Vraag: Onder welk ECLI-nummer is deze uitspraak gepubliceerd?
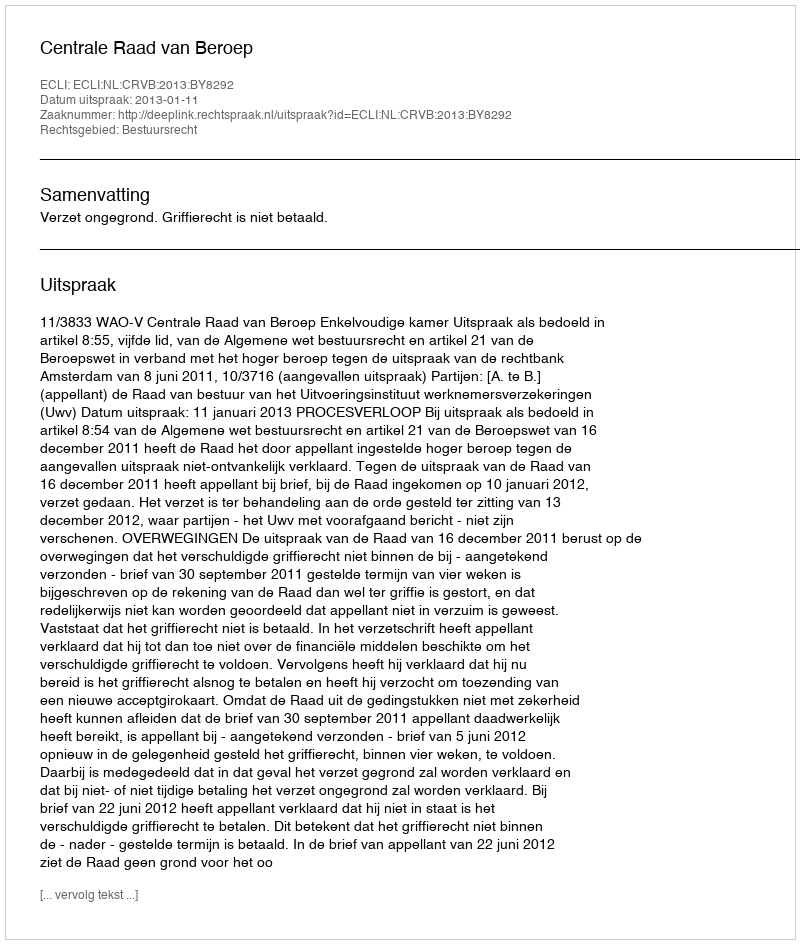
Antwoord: ECLI:NL:CRVB:2013:BY8292